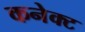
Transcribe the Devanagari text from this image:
कनेक्‍ट